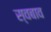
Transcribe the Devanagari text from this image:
स्वबाव